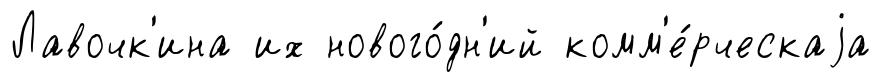
Лавочк'ина их нового́дн'ий комм'е́рческаjа